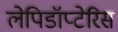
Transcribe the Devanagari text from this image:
लेपिडॉप्टेरिस